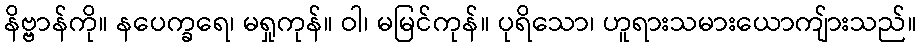
နိဗ္ဗာန်ကို။ နပေက္ခရေ၊ မရှုကုန်။ ဝါ၊ မမြင်ကုန်။ ပုရိသော၊ ဟူရားသမားယောကျ်ားသည်။